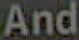
And